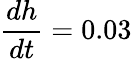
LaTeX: {\frac{dh}{dt}}=0.03